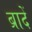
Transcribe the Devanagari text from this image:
ब्रादें